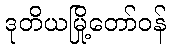
ဒုတိယမြို့တော်ဝန်